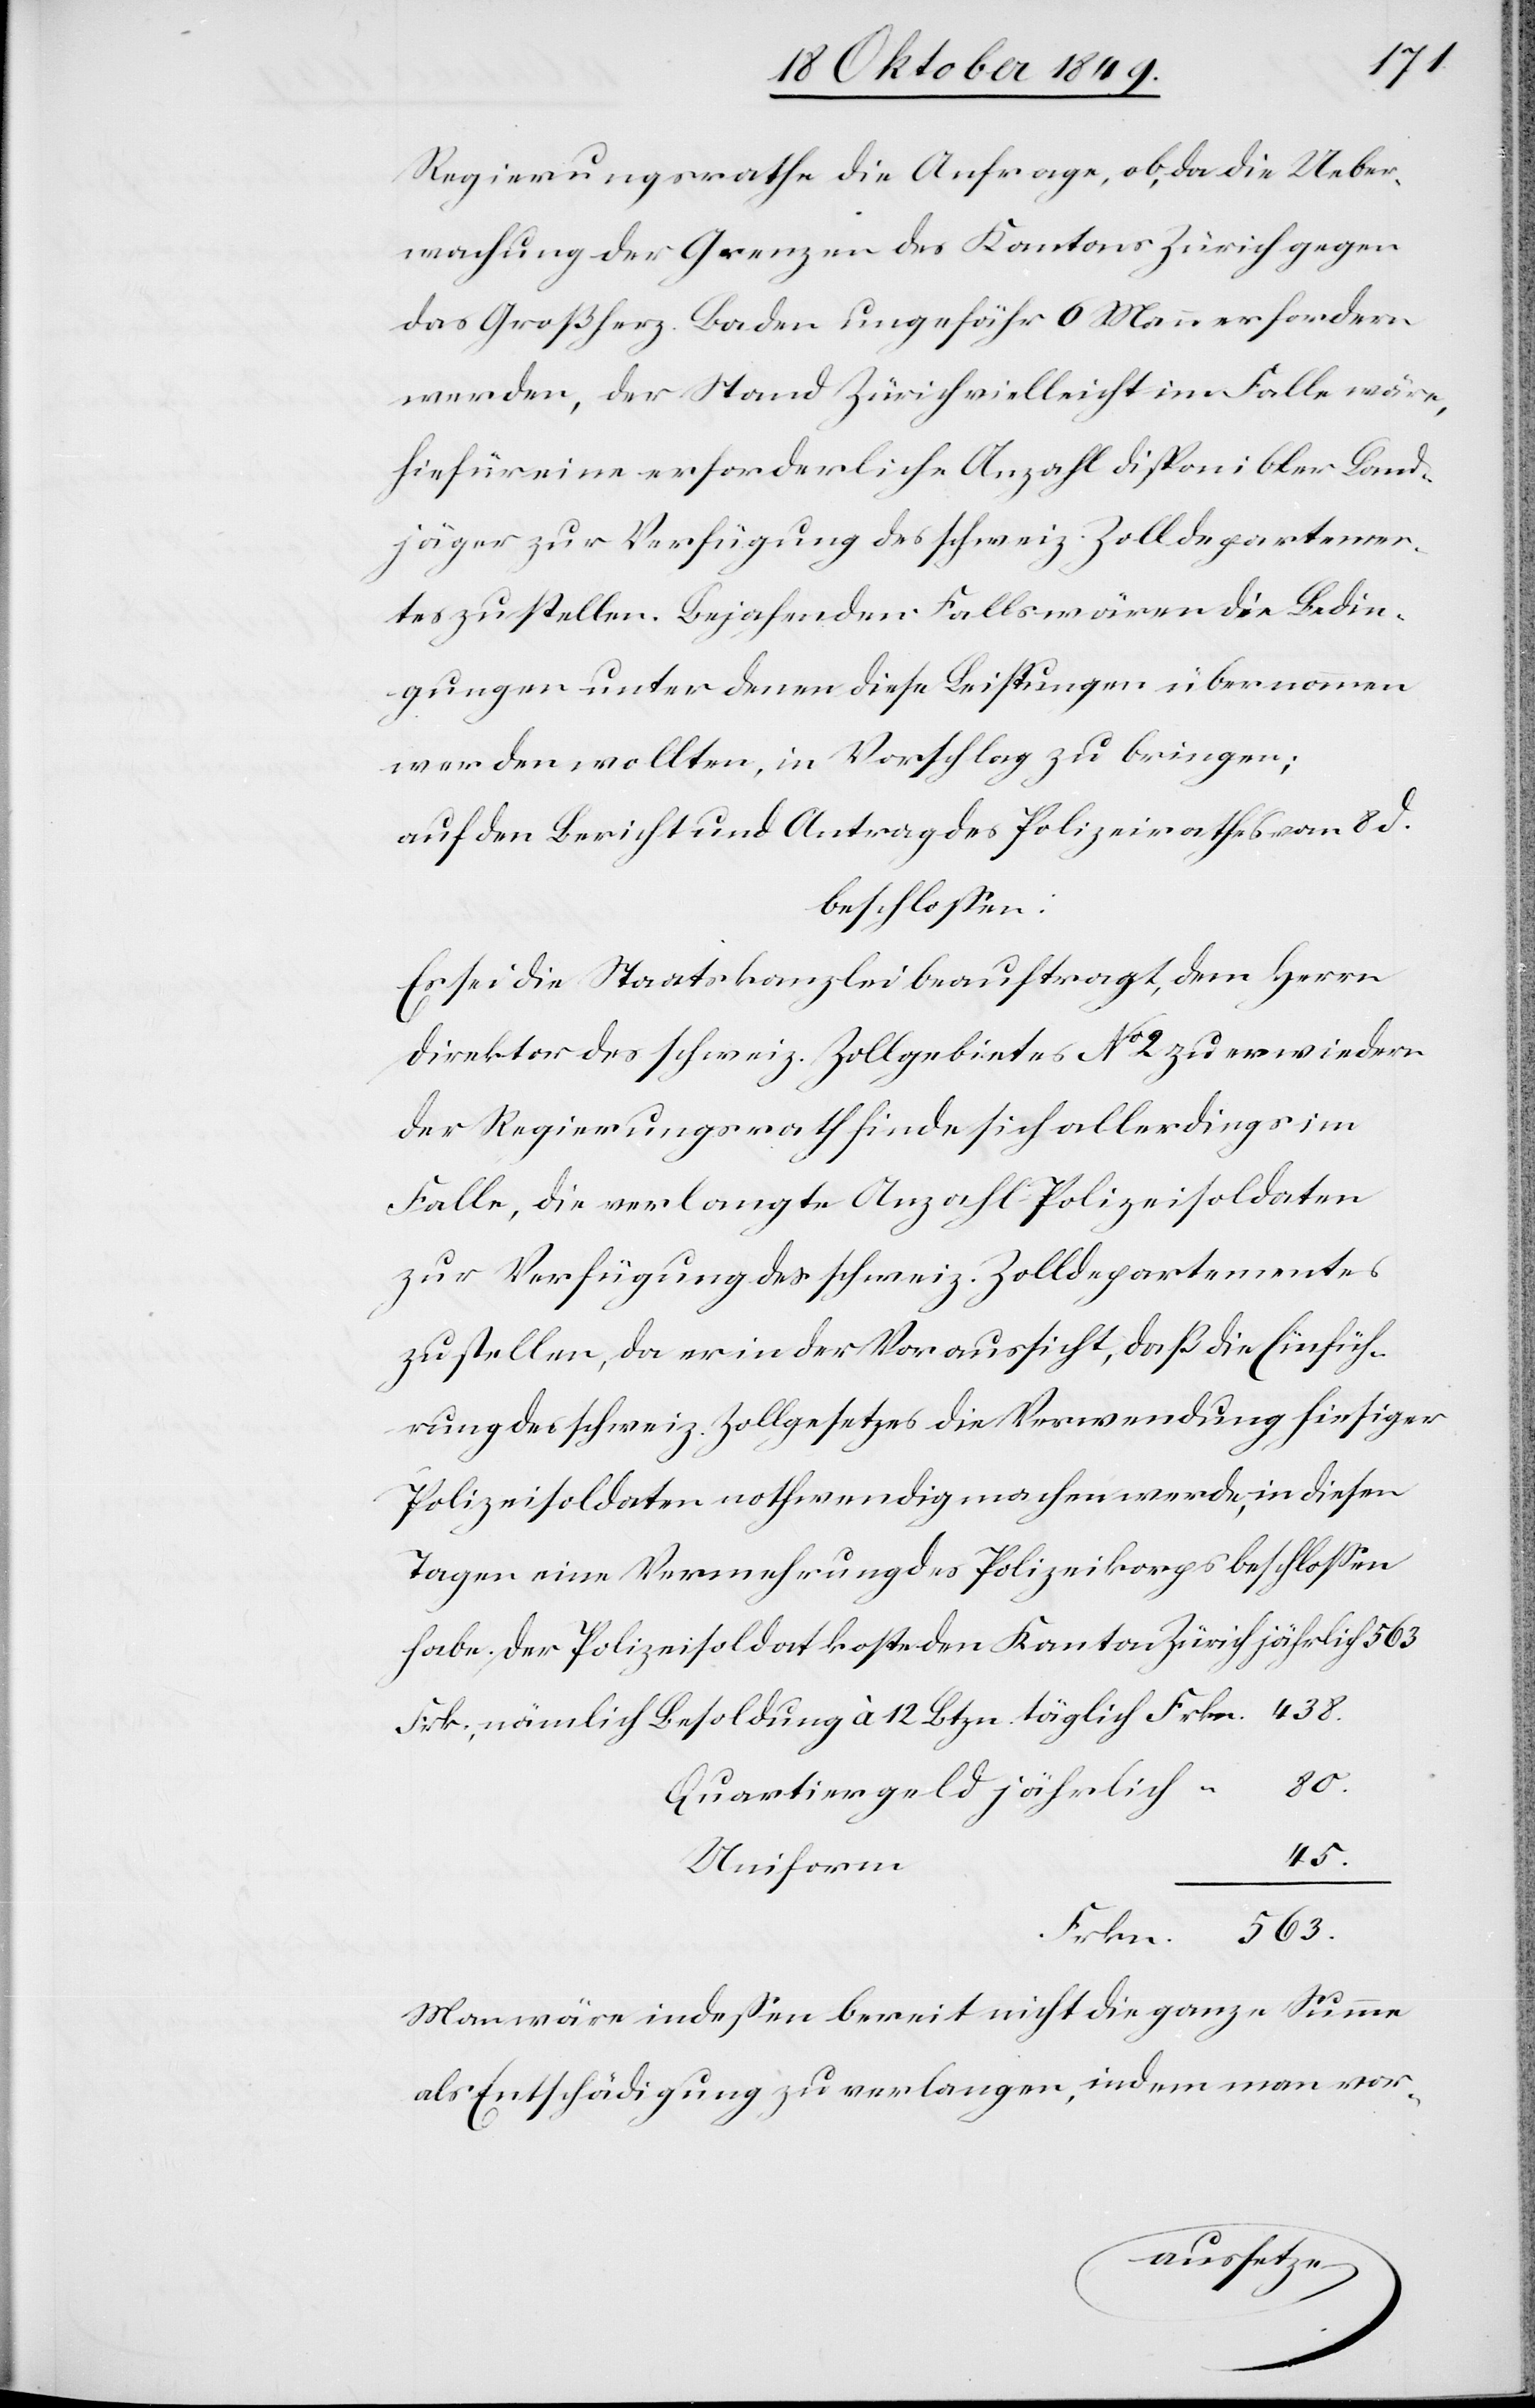
Regierungsrathe die Anfrage, ob, da die Ueber¬
wachung der Grenzen des Kantons Zürich gegen
das Großherz. Baden ungefähr 6 Mann erfordern
werden, der Stand Zürich vielleicht im Falle wäre,
hiefür eine erforderliche Anzahl disponibler Land¬
jäger zur Verfügung des schweiz. Zolldepartemen¬
tes zustellen. Bejahenden Falls wären die Bedin¬
gungen unter denen diese Leistungen übernommen
werden wollten, in Vorschlag zu bringen;
auf den Bericht und Antrag des Polizeirathes vom 8 d.
beschloßen:
Es sei die Staatskanzlei beauftragt, dem Herrn
Direktor des schweiz. Zollgebiet des N° 2 zu erwiedern
der Regierungsrath finde sich allerdings im
Falle, die verlangte Anzahl Polizeisoldaten
zur Verfügung der schweiz. Zolldepartementes
zustellen, da er in der Voraussicht, daß die Einfüh¬
rung des schweiz. Zollgesetzes die Verwendung hiesiger
Polizeisoldaten nothwendig machen werde, in diesen
Tagen eine Vermehrung des Polizeikorps beschloßen
habe. Der Polizeisoldat koste den Kanton Zürich jährlich 563
Frk., nämlich Besoldung à 12 Btzn. täglich Frkn. 438.
80.
Cuartiergeld jährlich	“
45.
Frkn. 563.
Man wäre indeßen bereit nicht die ganze Summe
als Entschädigung zu verlangen, indem man vor-